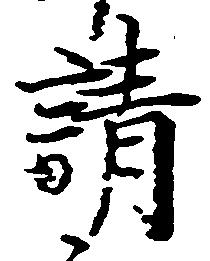
請